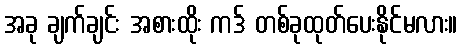
အခု ချက်ချင်း အစားထိုး ကဒ် တစ်ခုထုတ်ပေးနိုင်မလား။